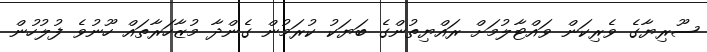
ސޫރިޔާގެ ވެރިކަން ވައްޓާލުމަށް ރައްޔިތުންގެ ބަޔަކު ކުރަމުން ގެންދާ މުޒާހަރާތައް ހޫނުވެ ފުލުހުން